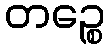
တဉ္စေ